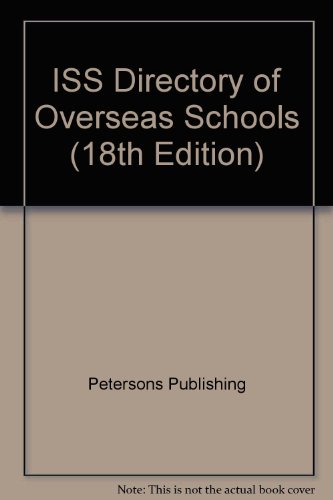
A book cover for The Iss Directory of Overseas Schools 1998-1999: The Comprehensive Guide to K-12 American and International Schools Worldwide (18th Edition); Petersons Publishing; Test Preparation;